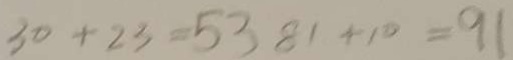
3 0 + 2 3 = 5 3 8 1 + 1 0 = 9 1